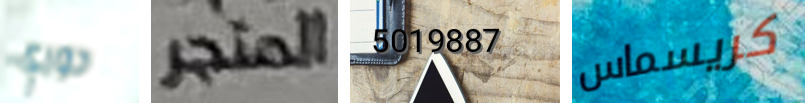
دوري المتجر 5019887 كريسماس